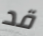
قد